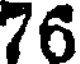
76